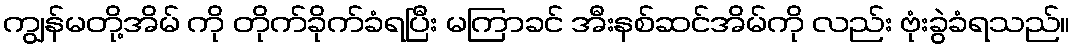
ကျွန်မတို့အိမ် ကို တိုက်ခိုက်ခံရပြီး မကြာခင် အီးနစ်ဆင်အိမ်ကို လည်း ဗုံးခွဲခံရသည်။